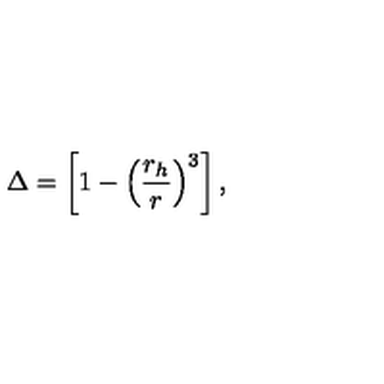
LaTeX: \Delta = \left[ 1 - \left( { \frac { r _ { h } } { r } } \right) ^ { 3 } \right] ,